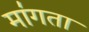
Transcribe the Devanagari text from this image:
मा॑गता